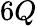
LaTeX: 6Q